Annual report of the Central Committee of the Association together with the report of the directors of the Pasteur Institute at Kasauli
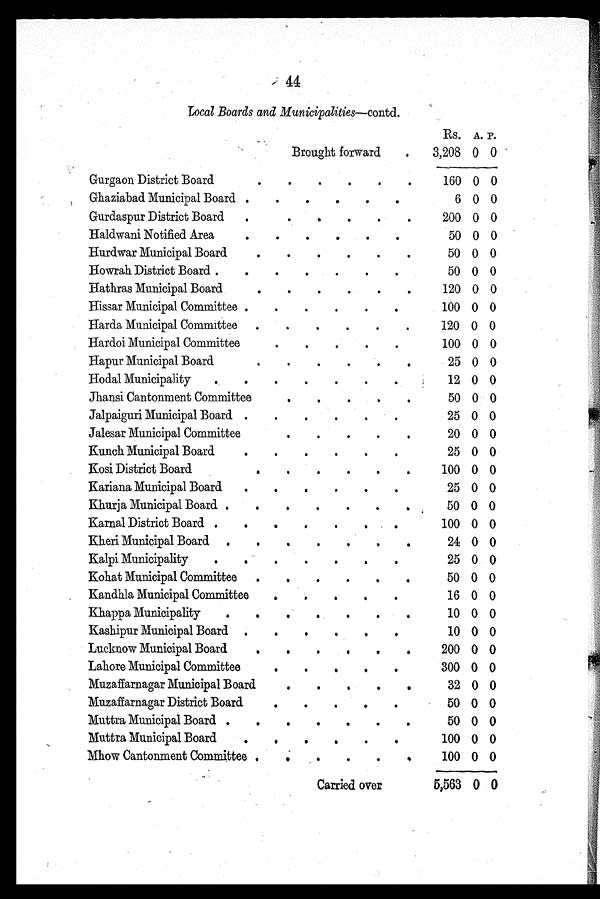
44
Local Boards and Municipalities—contd.
RS. A. P.
Brought forward
3,208 0 0
Gurgaon District Board
160 0 0
Ghaziabad Municipal Board
6 0 0
Gurdaspur District Board
200 0 0
Haldwani Notified Area
50 0 0
Hurdwar Municipal Board
50 0 0
Howrah District Board
50 0 0
Hathras Municipal Board
120 0 0
Hissar Municipal Committee
100 0 0
Harda Municipal Committee
120 0 0
Hardoi Municipal Committee
100 0 0
Hapur Municipal Board
25 0 0
Hodal Municipality
12 0 0
Jhansi Cantonment Committee
50 0 0
Jalpaiguri Municipal Board
25 0 0
Jalesar Municipal Committee
20 0 0
Kunch Municipal Board
25 0 0
Kosi District Board
100 0 0
Kariana Municipal Board
25 0 0
Khurja Municipal Board
50 0 0
Karnal District Board
100 0 0
Kheri Municipal Board
24 0 0
Kalpi Municipality
25 0 0
Kohat Municipal Committee
50 0 0
Kandhla Municipal Committee
16 0 0
Khappa Municipality
10 0 0
Kashipur Municipal Board
10 0 0
Lucknow Municipal Board
200 0 0
Lahore Municipal Committee
300 0 0
Muzaffarnagar Municipal Board
32 0 0
Muzaffarnagar District Board
50 0 0
Muttra Municipal Board
50 0 0
Muttra Municipal Board
100 0 0
Mhow Cantonment Committee
100 0 0
Carried over
5,563 0 0